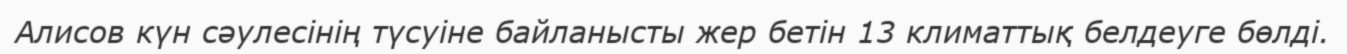
Алисов күн сәулесінің түсуіне байланысты жер бетін 13 климаттық белдеуге бөлді.